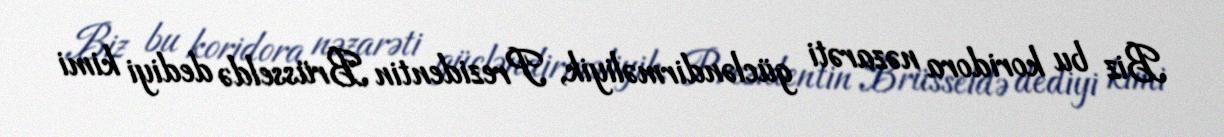
Biz bu koridora nəzarəti gücləndirməliyik, Prezidentin Brüsseldə dediyi kimi